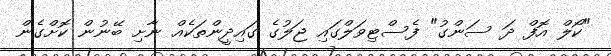
"ކޯލް އޮފް ދަ ސަންގު" ފެސްޓިވަލްގައި ޖަލުގެ ގައިދީންތަކެއް ނާށި ބޭނުން ކޮށްގެން